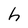
Character: h